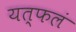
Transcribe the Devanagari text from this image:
यत्फलं